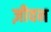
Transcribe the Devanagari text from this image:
ज़ीवन